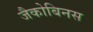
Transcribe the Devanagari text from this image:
जैकोबिनस